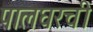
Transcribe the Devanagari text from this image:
पालघरची